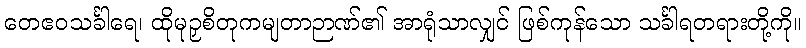
တေဧဝသင်္ခါရေ၊ ထိုမုဉှစိတုကမျတာဉာဏ်၏ အာရုံသာလျှင် ဖြစ်ကုန်သော သင်္ခါရတရားတို့ကို။